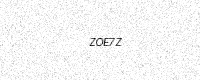
Text: ZOE7Z